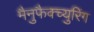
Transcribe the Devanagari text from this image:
मैनुफैक्च्युरिंग